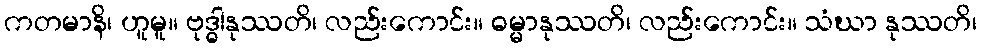
ကတမာနိ၊ ဟူမူ။ ဗုဒ္ဓါနုဿတိ၊ လည်းကောင်း။ ဓမ္မာနုဿတိ၊ လည်းကောင်း။ သံဃာ နုဿတိ၊